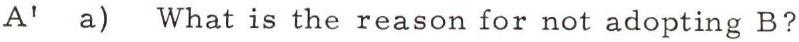
 A' a) What is the reason for not adopting B?